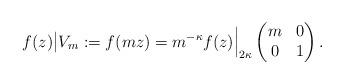
LaTeX: \begin{align*}f(z)\big|V_m:=f(m z)= m^{-\kappa}f(z)\Big|_{2\kappa}\begin{pmatrix}m & 0 \\ 0 & 1\end{pmatrix}.\end{align*}